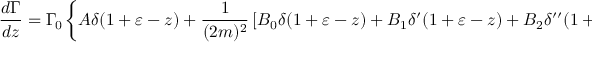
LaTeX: \frac { d \Gamma } { d z } = \Gamma _ { \! 0 } \left\{ { \cal A } \delta ( 1 + \varepsilon - z ) + \frac { 1 } { ( 2 m ) ^ { 2 } } \left[ { \cal B } _ { 0 } \delta ( 1 + \varepsilon - z ) + { \cal B } _ { 1 } \delta ^ { \prime } ( 1 + \varepsilon - z ) + { \cal B } _ { 2 } \delta ^ { \prime \prime } ( 1 + \varepsilon - z ) \right] \right\} .